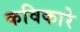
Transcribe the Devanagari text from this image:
कविकारे